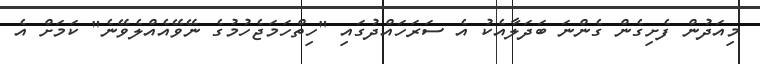
މިއަދުން ފެށިގެން ގެންނަ ބަދަލާއެކު އެ ސަަރަަހައްދުގައި "ހިތްހަމަޖެހުމުގެ ނޭވޭއެއްލެވޭނެ" ކަމަށް އެ